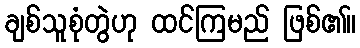
ချစ်သူစုံတွဲဟု ထင်ကြမည် ဖြစ်၏။